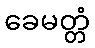
ခေမတ္တံ